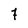
Character: 7